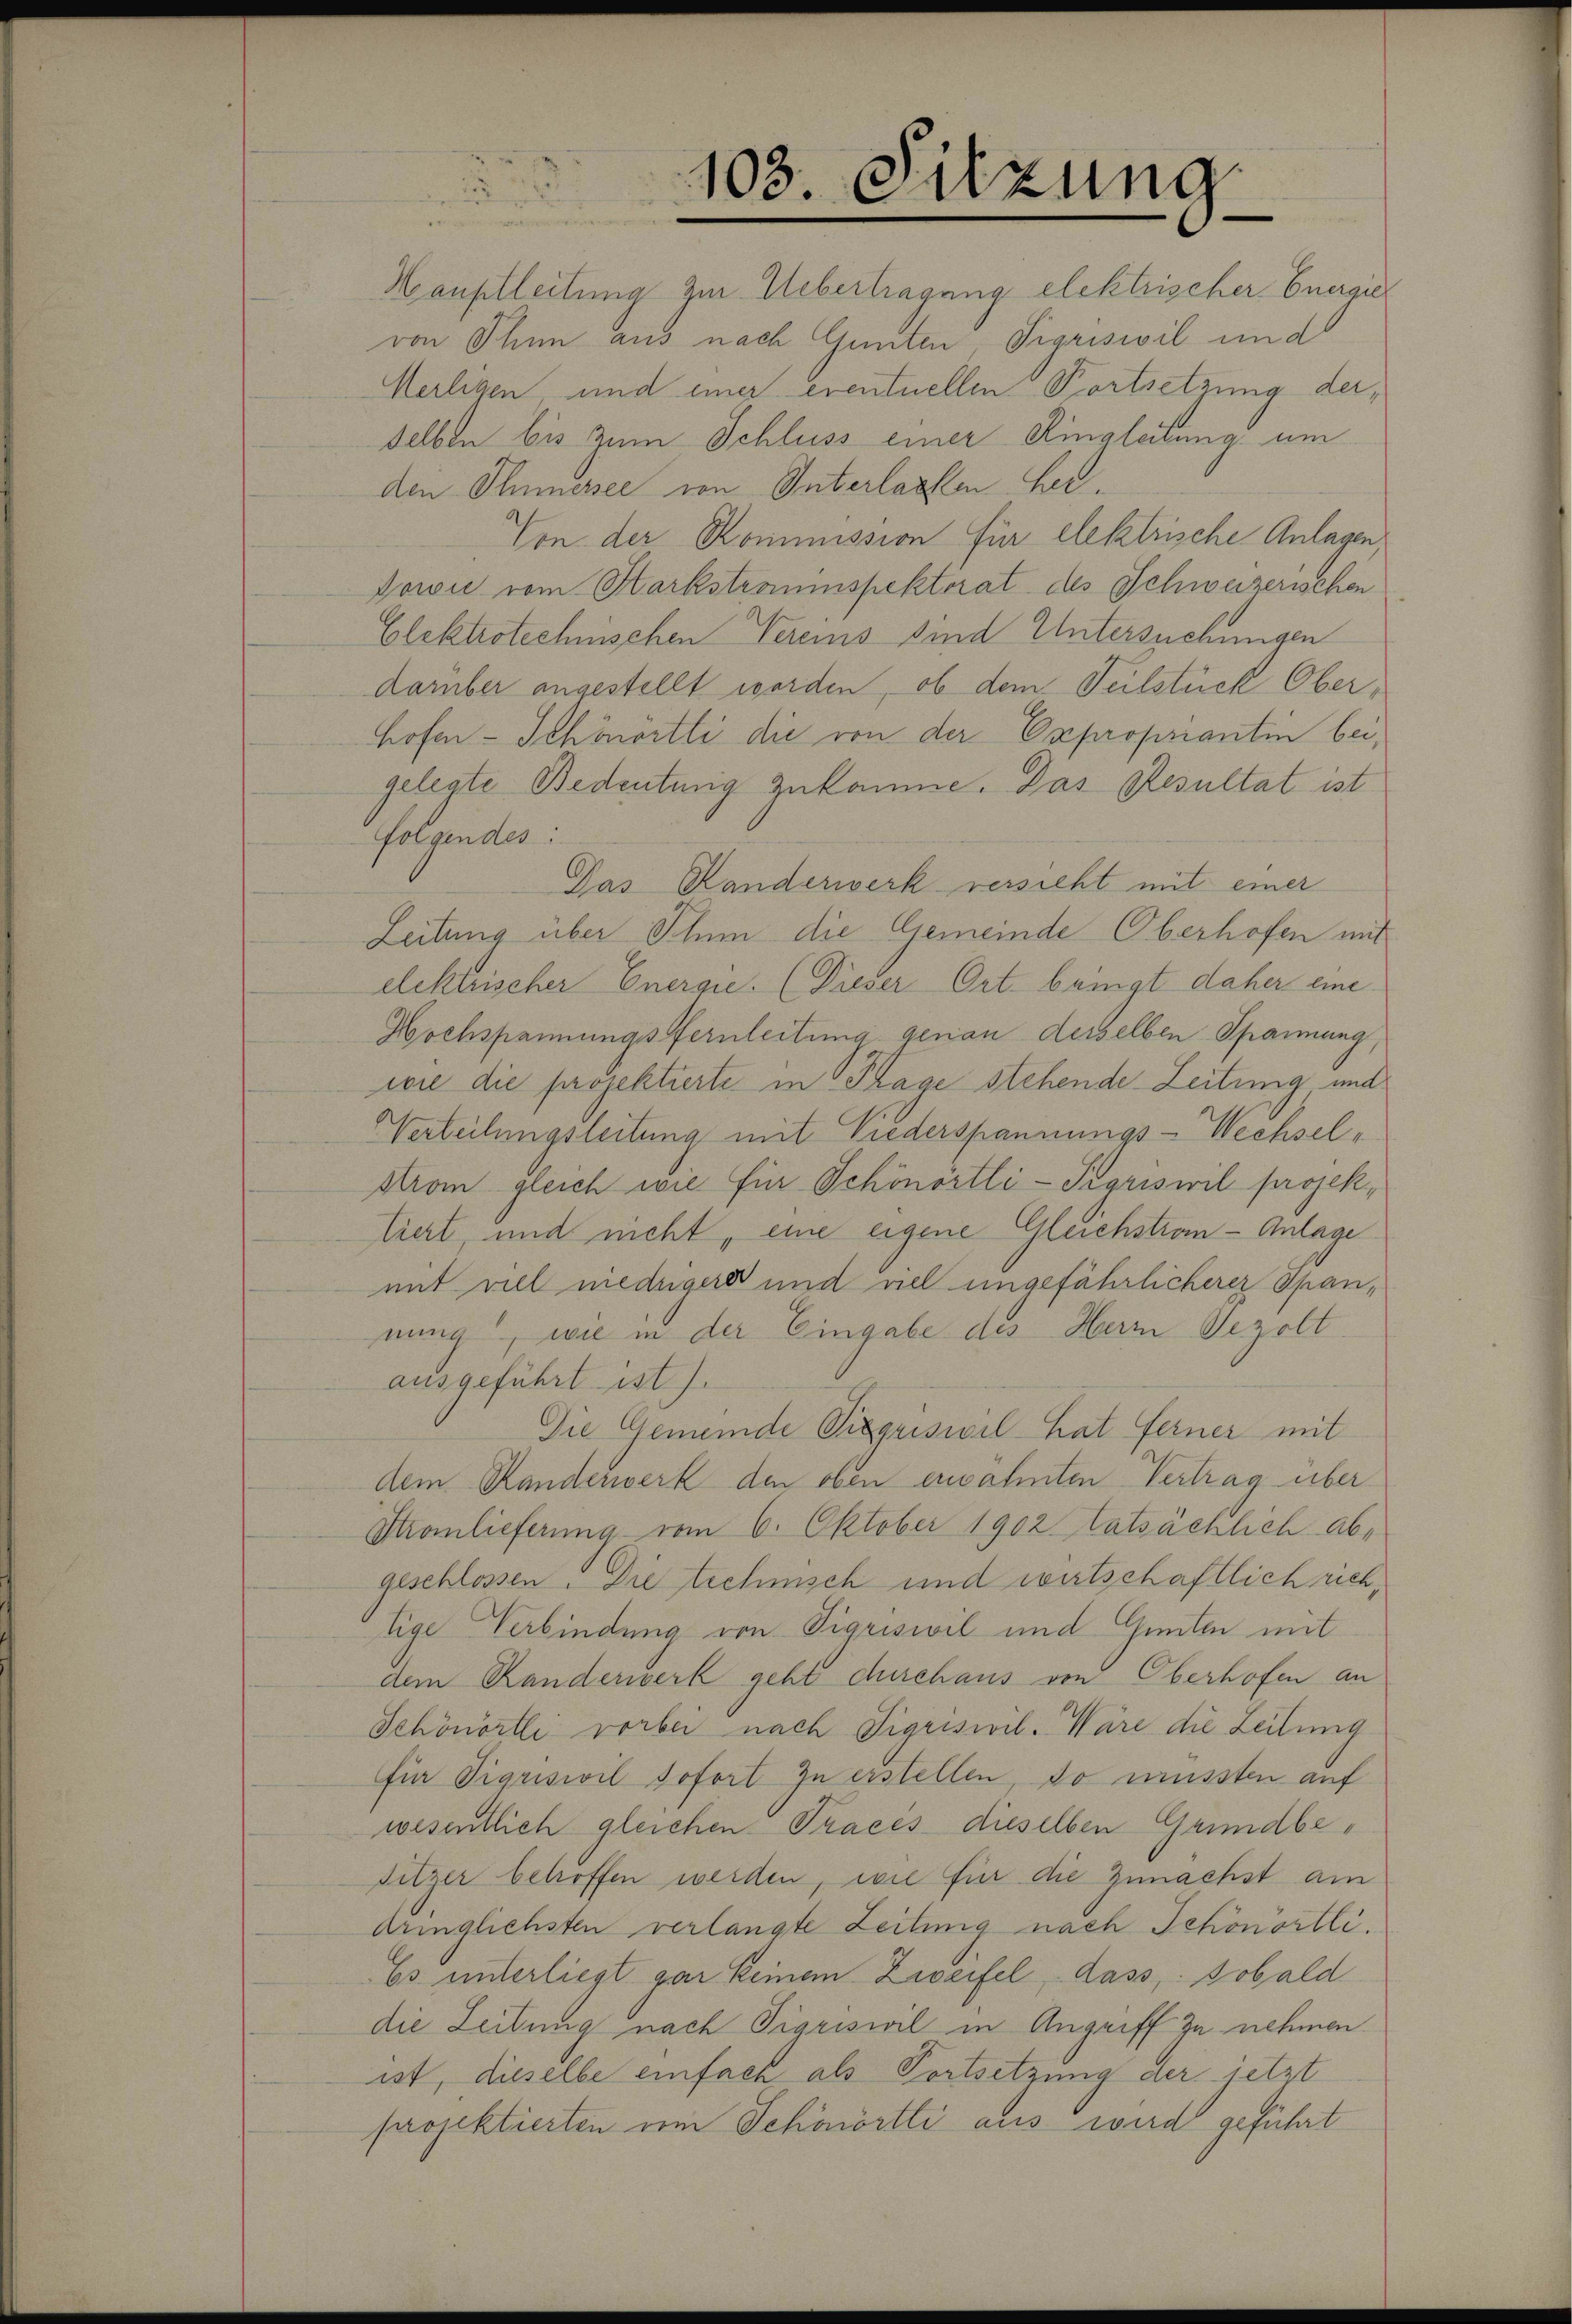
103. Sitzung

Hauptleitung zur Uebertragung elektrischer Energie
von Thun aus nach Gunten Pigriswil und
Meiligen, und einer eventuellen Fortsetzung derselben bis zum Schluss einer Ringleitung um
den Plunersee von Unterlassen her
Von der Kommission für elektrische Anlagen,
Dowie vom Starkstrauinspektorat des Schweizerischen
Glektrotechnischen Vereins sind Untersuchungen
darüber angestellt worden, ob dem Teilstück Oberhofen-Schönertti die von der Expropriantin bei,
gelegte Bedeutung zukomme. Das Resultat ist
folgendes:
Das Handerwerk versieht mit einer
Leitung über Thun die Gemeinde Oberhofen mit
elektrischer Energie. (Dieser Ort beinigt daher eine
Hochspannungstfernleitung genau derselben Spannung,
wie die projektierte in Plage stehende Leitung und
Verteilungsleitung mit Niederspannungs-Wechsel¬
Strom gleich wie für Schönortli-Pariswil projektiert, und nicht, eine eigene Gleichstrom- Anlage
mit viel medigers und viel ungefährlicherer Spannung, wie in der Eingabe des Herrn Pezolt
ausgeführt ist.
Die Gemeinde Sigriswil hat Ferner mit
dem Randerwerk den oben erwähnten Vertrag über
Stromlieferung vom 6. Oktober 1902 hatsächlich abgeschlossen. Die technisch und wirtschaftlich richtige Verbindung von Sigriswil und Gunten mit
dem Randerwerk geht durchaus von Oberhofen an
Schönörtli vorbei nach Sigriswil. Wäre die Zeitung
für Sigriswil sofort zu erstellen, do mussten auf
wesentlich gleichen Praces dieselben Grundbesitzer betroffen werden, wie für die Zunächst am
Ariglichsten verlangte Zeitung nach Schönortli.
Es unterliegt gar keinem Zweifel dass, sobald
die Zeitung nach Sigriswil in Angriff zu nehmen.
ist, dieselbe einfach als Fortsetzung der ietzt
projektierten vom Schönörtli aus wird geführt